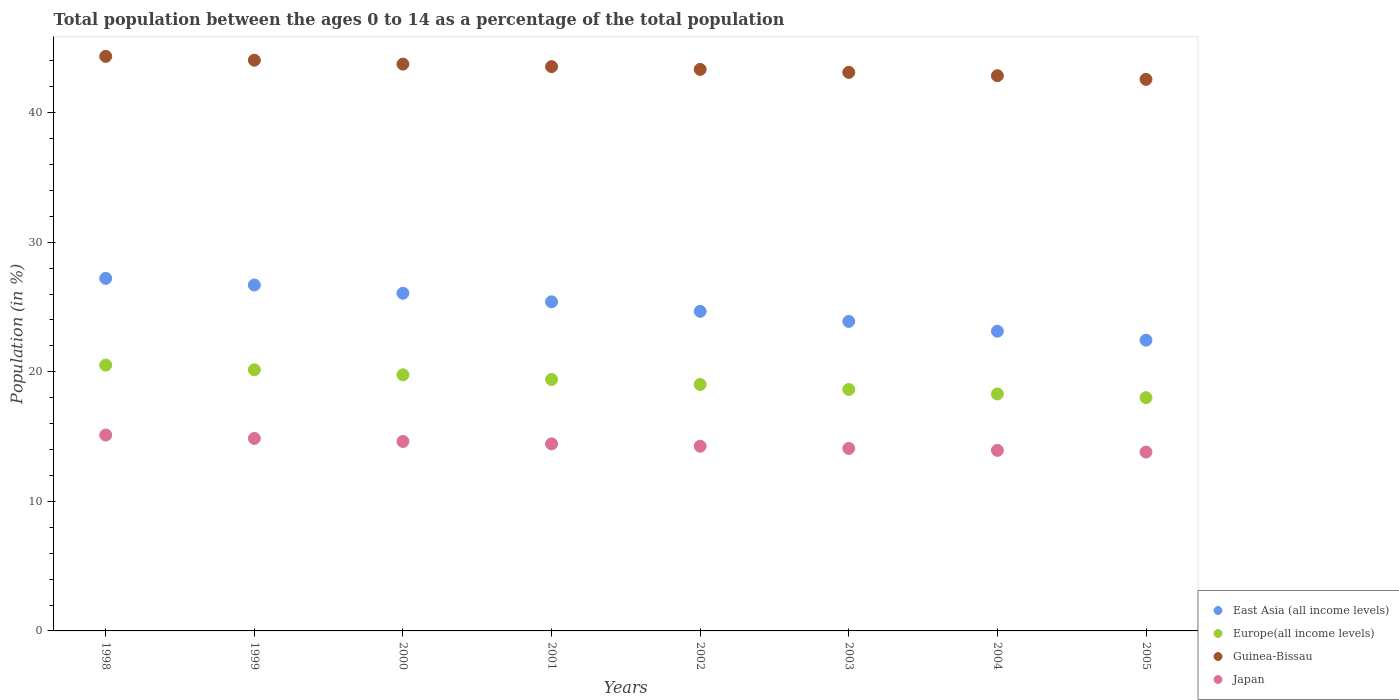
| Years | East Asia (all income levels) | Europe(all income levels) | Guinea-Bissau | Japan |
 | --- | --- | --- | --- | --- |
 | 1998 | 27.2 | 20.5 | 44.3 | 15.1 |
 | 1999 | 26.7 | 20.2 | 44 | 14.9 |
 | 2000 | 26.1 | 19.8 | 43.7 | 14.6 |
 | 2001 | 25.4 | 19.4 | 43.6 | 14.4 |
 | 2002 | 24.7 | 19 | 43.3 | 14.3 |
 | 2003 | 23.9 | 18.6 | 43.1 | 14.1 |
 | 2004 | 23.1 | 18.3 | 42.9 | 13.9 |
 | 2005 | 22.4 | 18 | 42.6 | 13.8 |